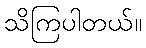
သိကြပါတယ်။